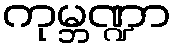
ကုမ္ဘဏ္ဍာ